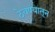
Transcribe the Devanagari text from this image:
ठेवण्यातून